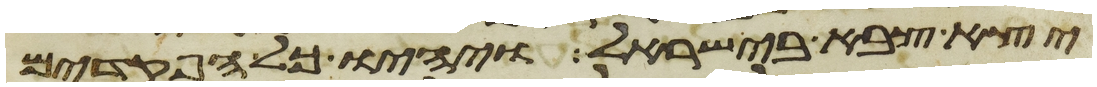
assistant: יצא צבא בישראל ויהיו כל הפקדים